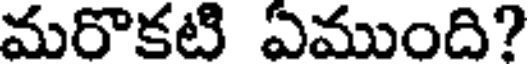
మరొకటి ఏముంది?